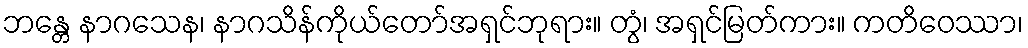
ဘန္တေ နာဂသေန၊ နာဂသိန်ကိုယ်တော်အရှင်ဘုရား။ တွံ၊ အရှင်မြတ်ကား။ ကတိဝေဿာ၊